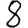
Digit: 8